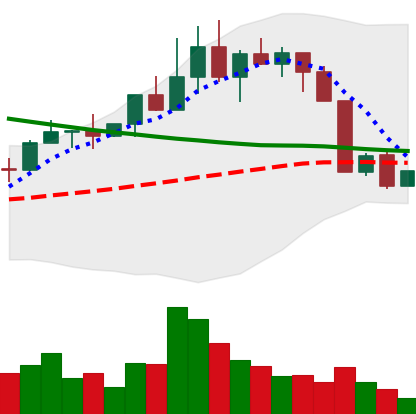
Ticker: NEO-USD
Chart end date: 2022-04-09
Forward return: -8.714%
Label: down_7plus